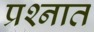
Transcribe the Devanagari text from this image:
प्रश्‍नात